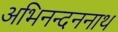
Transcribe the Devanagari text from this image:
अभिनन्दननाथ